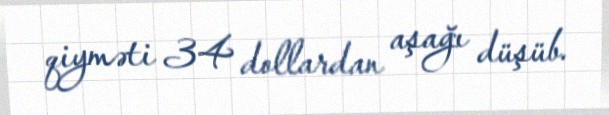
qiyməti 34 dollardan aşağı düşüb.